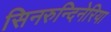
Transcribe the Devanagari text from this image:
सिनरुन्दिनेरिया